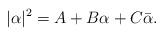
LaTeX: \begin{align*}|\alpha|^2=A+B\alpha+C\bar{\alpha}.\end{align*}